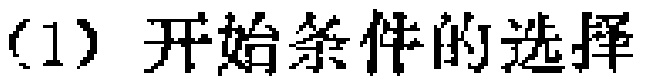
(1) 开始条件的选择